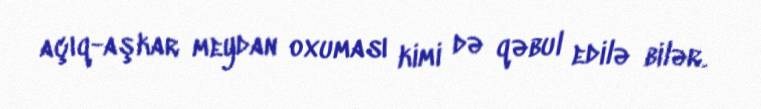
açıq-aşkar meydan oxuması kimi də qəbul edilə bilər.